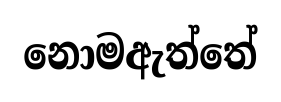
නොමඇත්තේ